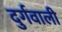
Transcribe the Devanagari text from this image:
दुर्गवाली